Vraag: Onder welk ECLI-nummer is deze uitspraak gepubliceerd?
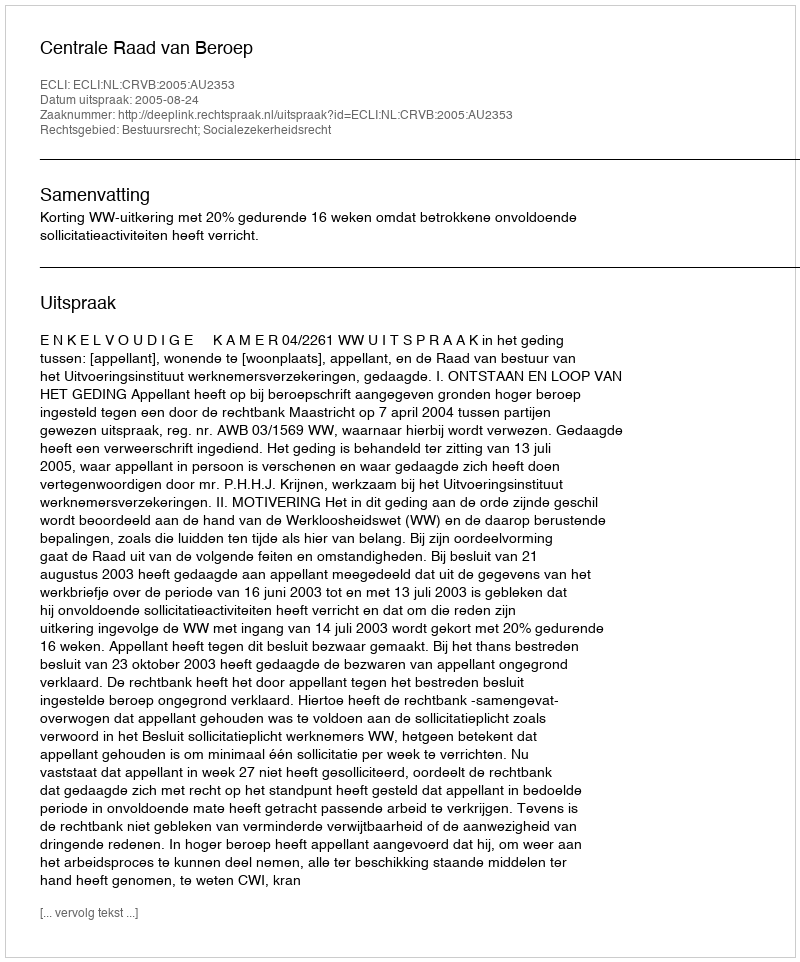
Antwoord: ECLI:NL:CRVB:2005:AU2353